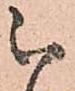
被